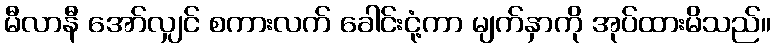
မီလာနီ အော်လျှင် စကားလက် ခေါင်းငုံ့ကာ မျက်နှာကို အုပ်ထားမိသည်။